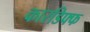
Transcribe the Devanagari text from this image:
कारडिफ्फ